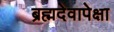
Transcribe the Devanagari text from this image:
ब्रह्मदेवापेक्षा